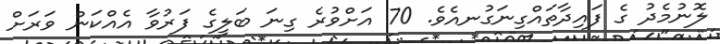
ލޮނުމެދު ގެ ފައިދާތައްގިނަގުނއެވެ. 70 އަށްވުރެ ގިނަ ބަލީގެ ފަރުވާ އެއްކަން ވަރަށް